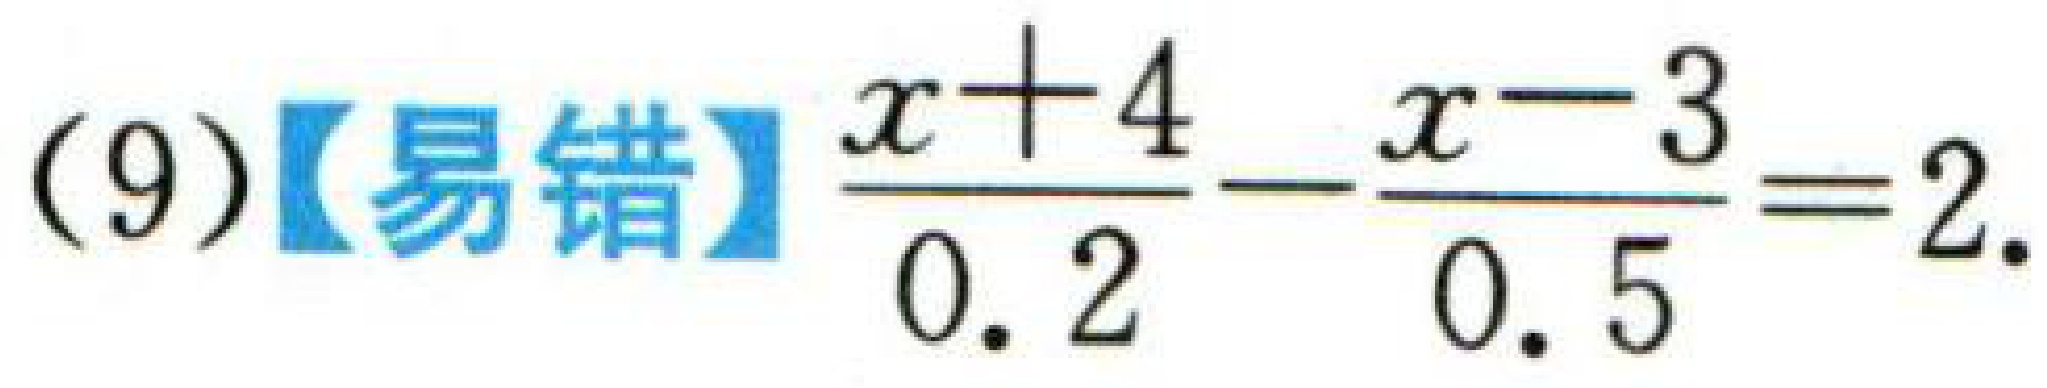
(9)【易错】$\frac{x + 4}{0.2}-\frac{x - 3}{0.5}=2$